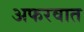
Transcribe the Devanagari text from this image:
अफरवात